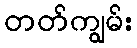
တတ်ကျွမ်း